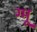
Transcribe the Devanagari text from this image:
ग्‍मू